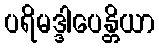
ပရိမဒ္ဒါပေန္တိယာ